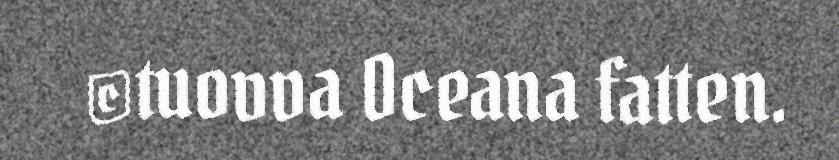
©tuovva Oceana fatten.